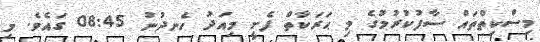
މިސްކިތްތައް ސާފުކުރުމުގެ މި ޙަރަކާތް ފެށީ މިއަދު ހެނދުނު 08:45 ގައެވެ. މި